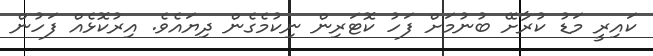
ކައިރީ މަޑު ކުރާށޭ ބުނުމަށް ފަހު ކޮޓަރިން ނިކުމެގެން ދިޔައެވެ. އިރުކޮޅެއް ފަހުން